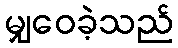
မျှဝေခဲ့သည်